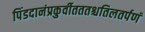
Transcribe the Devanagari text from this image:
पिंडदानंप्रकुर्वीतततश्चतिलतर्पणं